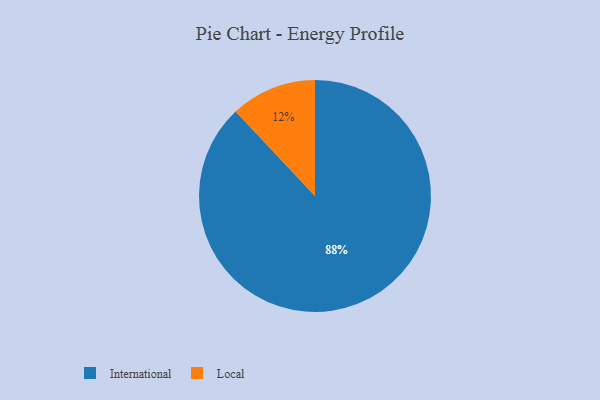
{"axis": {"x": "Category", "y": "Percentage"}, "legend": ["International", "Local"], "data": [{"x": "Local", "y": 12, "type": "Local"}, {"x": "International", "y": 88, "type": "International"}]}